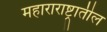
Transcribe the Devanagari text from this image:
महाराराष्ट्रातील